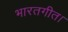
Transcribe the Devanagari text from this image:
भारतगीत।